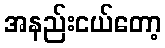
အနည်းငယ်တော့